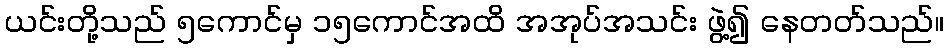
ယင်းတို့သည် ၅ကောင်မှ ၁၅ကောင်အထိ အအုပ်အသင်း ဖွဲ့၍ နေတတ်သည်။